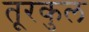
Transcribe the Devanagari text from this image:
तूरकुल